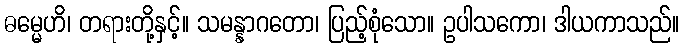
ဓမ္မေဟိ၊ တရားတို့နှင့်။ သမန္နာဂတော၊ ပြည့်စုံသော။ ဥပါသကော၊ ဒါယကာသည်။